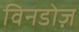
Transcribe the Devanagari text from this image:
विनडोज़